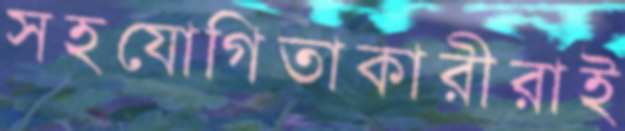
সহযোগিতাকারীরাই